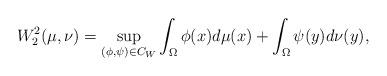
LaTeX: \begin{align*}W_2^2(\mu,\nu)=\underset{(\phi,\psi)\in C_W}{\sup}\int_{\Omega}\phi(x)d\mu(x)+\int_{\Omega}\psi(y)d\nu(y),\end{align*}